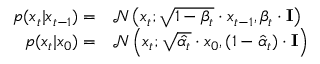
\begin{array} { r l } { p ( x _ { t } | x _ { t - 1 } ) = } & { \mathcal { N } \left( x _ { t } ; \sqrt { 1 - \beta _ { t } } \cdot x _ { t - 1 } , \beta _ { t } \cdot \mathbf { I } \right) } \\ { p ( x _ { t } | x _ { 0 } ) = } & { \mathcal { N } \left( x _ { t } ; \sqrt { \hat { \alpha _ { t } } } \cdot x _ { 0 } , ( 1 - \hat { \alpha } _ { t } ) \cdot \mathbf { I } \right) } \end{array}